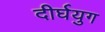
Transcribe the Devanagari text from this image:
दीर्घयुग